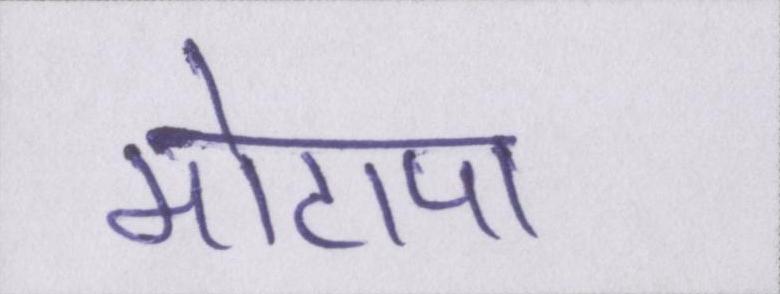
मोटापा